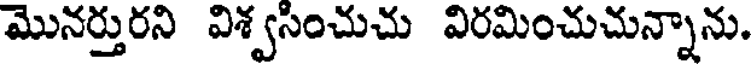
మొనర్తురని విశ్వసించుచు విరమించుచున్నాను.